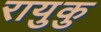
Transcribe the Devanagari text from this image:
रायुकु